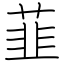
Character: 韮